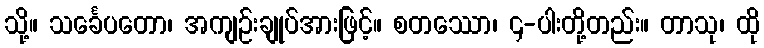
သို့။ သင်္ခေပတော၊ အကျဉ်းချုပ်အားဖြင့်။ စတဿော၊ ၄-ပါးတို့တည်း။ တာသု၊ ထို